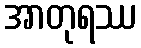
အာတုရဿ